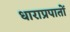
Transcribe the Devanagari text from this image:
धाराप्रपातों